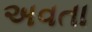
અવતા